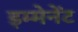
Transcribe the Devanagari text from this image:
इम्मेनेंट